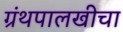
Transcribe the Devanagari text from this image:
ग्रंथपालखीचा